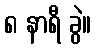
၈ နာရီ ခွဲ။